38_143685_box7_Incident_Summaries_1-100
Agency: Department of War
Page 124
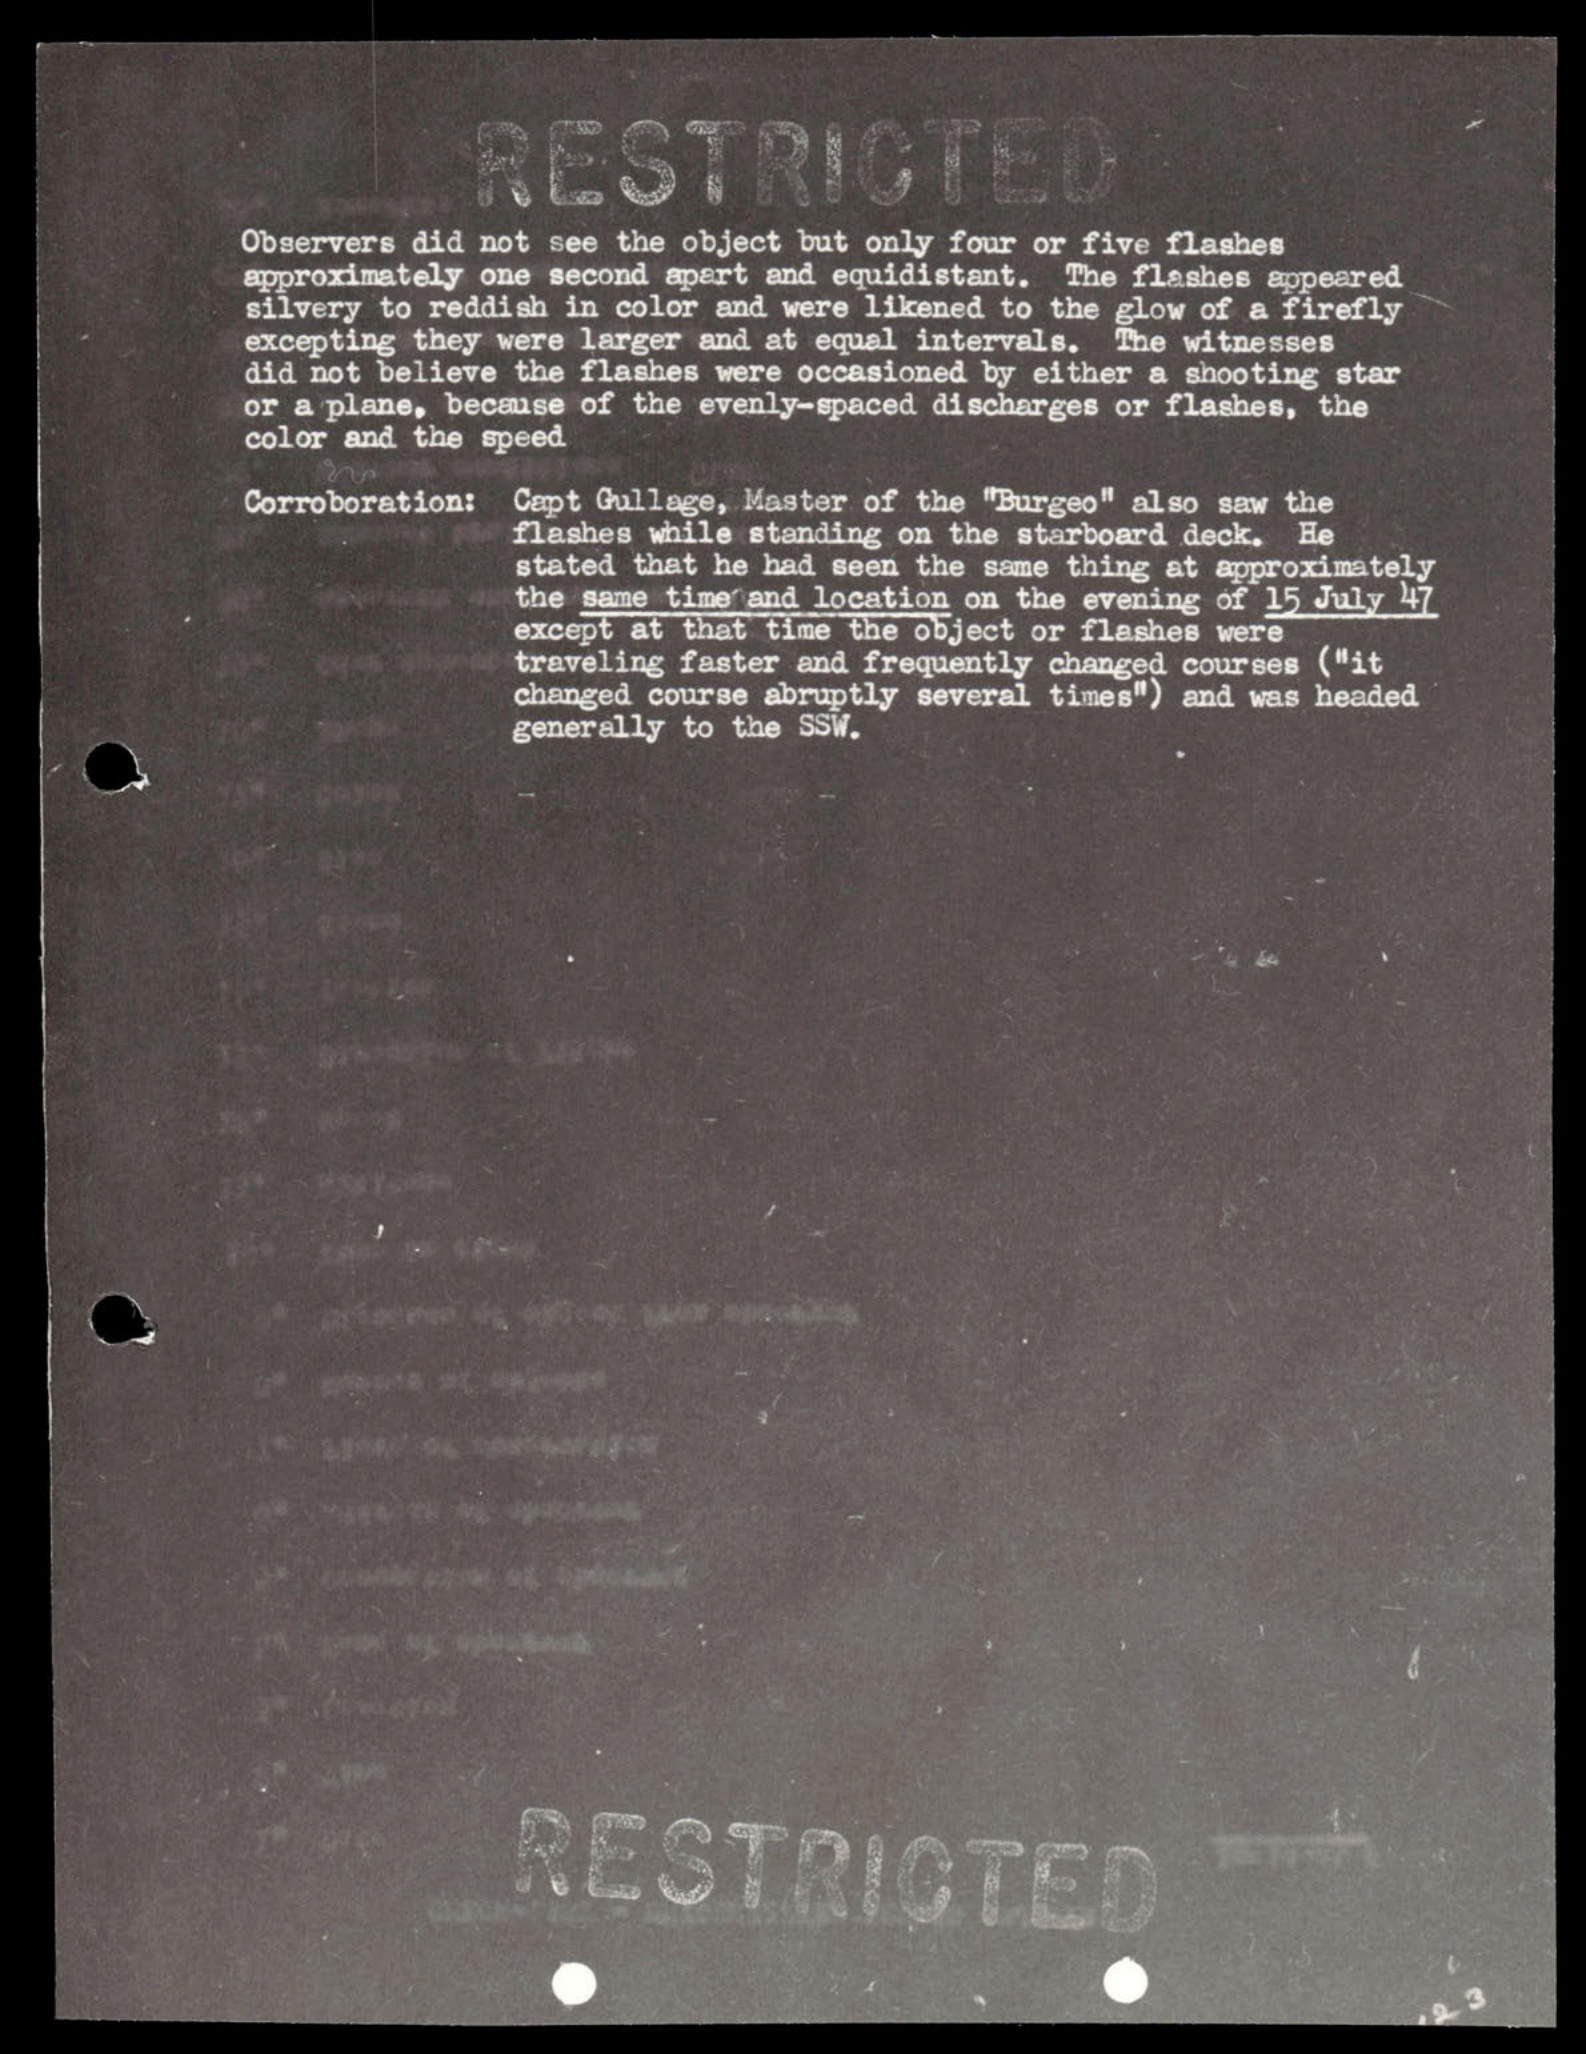